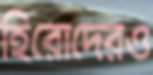
হিরোদেরও